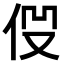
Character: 𠈧